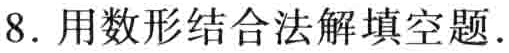
8. 用数形结合法解填空题.